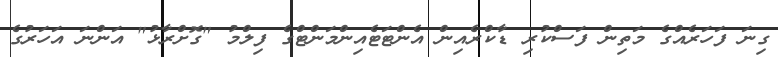
ގިނަ ފަހަރެއްގެ މަތިން ފަސްކުރި ޑާކްރެއިން އެންޓަޓެއިންމަންޓްގެ ފިލްމު "ގޮށްރާޅު" އަންނަ އަހަރުގެ